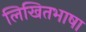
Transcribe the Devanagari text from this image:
लिखितभाषा